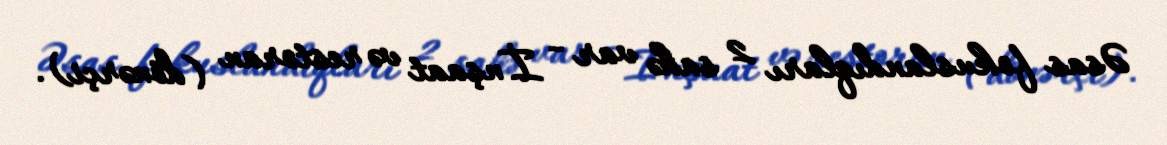
Əsas fokuslandıqları 2 sahə var - İnşaat və restoran (dönərçi).